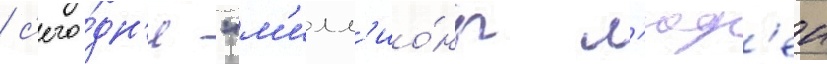
/ с'его́дн'я "м'илл'ио́ны л'юд'еи